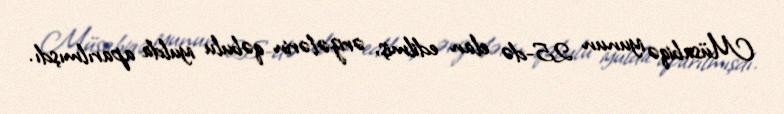
Müsabiqə iyunun 25-də elan edilmiş, ərizələrin qəbulu iyulda aparılmışdı.